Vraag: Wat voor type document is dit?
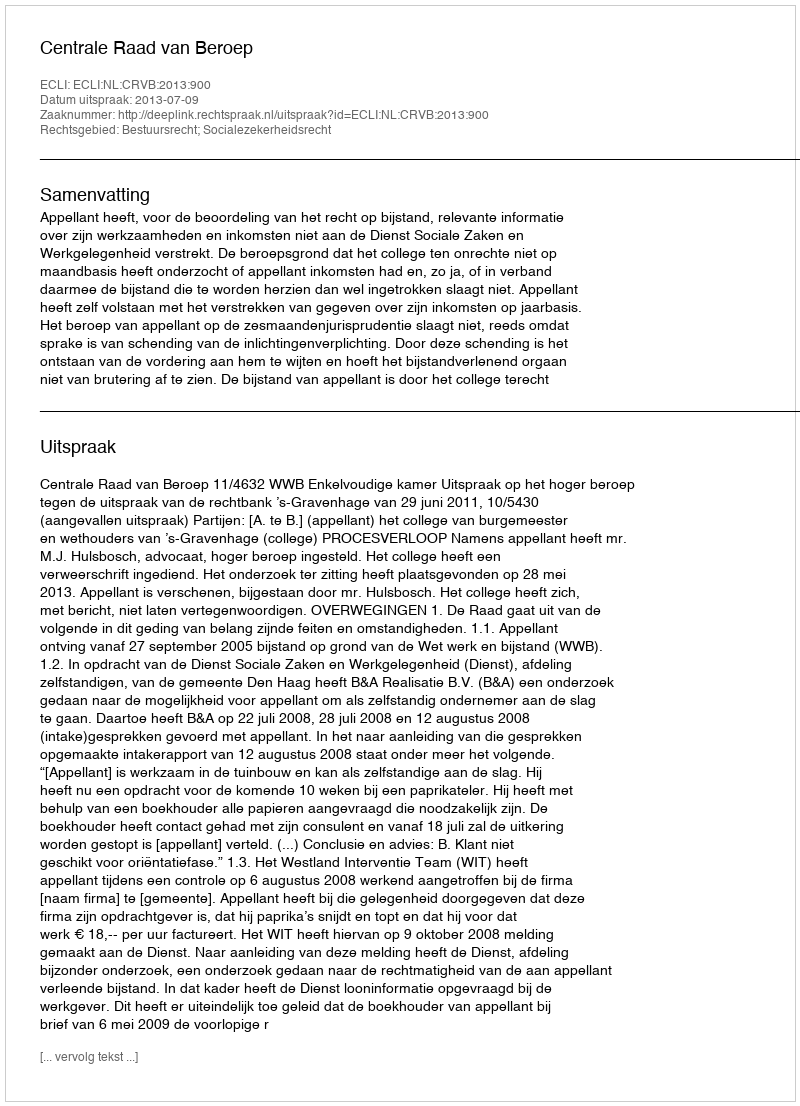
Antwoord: Uitspraak